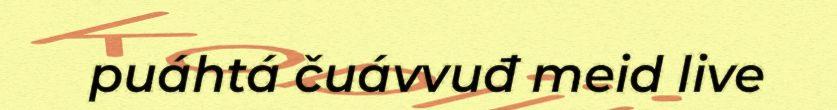
puáhtá čuávvuđ meid live